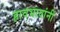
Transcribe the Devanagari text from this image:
हावभावांनीं